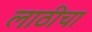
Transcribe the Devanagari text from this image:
लाठीचा